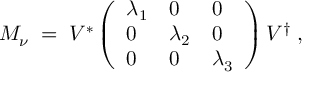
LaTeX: M _ { \nu } \; = \; V ^ { * } \left( \begin{array} { l l l } { { \lambda _ { 1 } } } & { { 0 } } & { { 0 } } \\ { { 0 } } & { { \lambda _ { 2 } } } & { { 0 } } \\ { { 0 } } & { { 0 } } & { { \lambda _ { 3 } } } \end{array} \right) V ^ { \dagger } \; ,